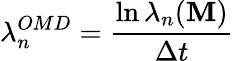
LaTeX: \lambda_{n}^{OMD}=\frac{\ln\lambda_{n}(\textbf{M})}{\Delta t}